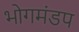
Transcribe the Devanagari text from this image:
भोगमंडप